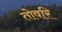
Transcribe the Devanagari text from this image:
तोवरि